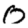
Digit: 0